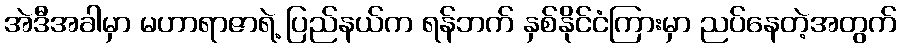
အဲဒီအခါမှာ မဟာရာဇာရဲ့ ပြည်နယ်က ရန်ဘက် နှစ်နိုင်ငံကြားမှာ ညပ်နေတဲ့အတွက်